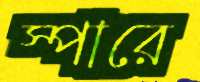
স্পারে